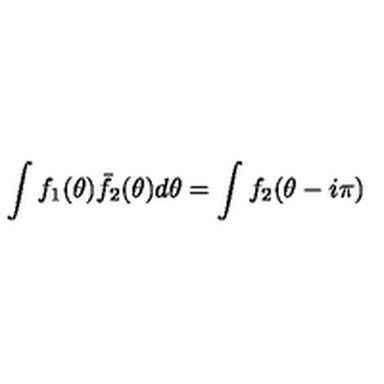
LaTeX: \int f _ { 1 } ( \theta ) \bar { f } _ { 2 } ( \theta ) d \theta = \int f _ { 2 } ( \theta - i \pi )